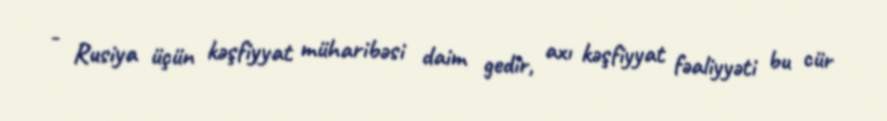
- Rusiya üçün kəşfiyyat müharibəsi daim gedir, axı kəşfiyyat fəaliyyəti bu cür